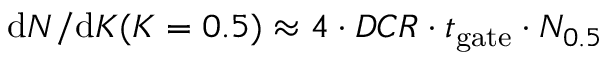
{ \mathrm { d } N } / { \mathrm { d } K } ( K = 0 . 5 ) \approx 4 \cdot D C R \cdot t _ { \mathrm { g a t e } } \cdot N _ { 0 . 5 }